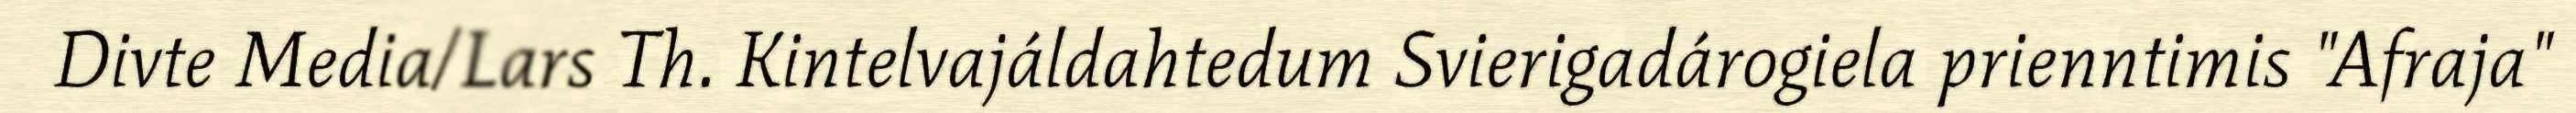
Divte Media/Lars Th. Kintelvajáldahtedum Svierigadárogiela prienntimis "Afraja"